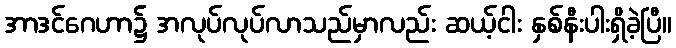
အာဒင်ဂေဟာ၌ အလုပ်လုပ်လာသည်မှာလည်း ဆယ့်ငါး နှစ်နီးပါးရှိခဲ့ပြီ။